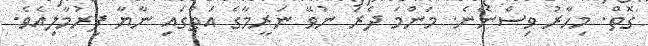
ގޮތް. މިހާރު ވިސްނޭނެ. މަންމަ ދެރަ ނުވޭ ނަރީމާގެ އަތުގައި ނާޔާ ފިރުމާލިއެވެ.